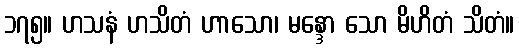
၁၇၅။ ဟသနံ ဟသိတံ ဟာသော၊ မန္ဒော သော မိဟိတံ သိတံ။